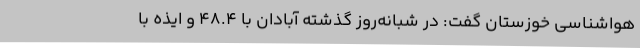
هواشناسی خوزستان گفت: در شبانه‌روز گذشته آبادان با 48.4 و ایذه با